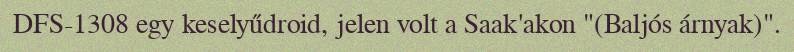
DFS-1308 egy keselyűdroid, jelen volt a Saak'akon "(Baljós árnyak)".